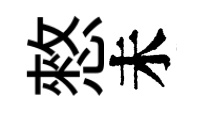
憗未